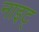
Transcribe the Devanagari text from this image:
नाइट्